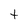
Character: t